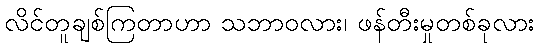
လိင်တူချစ်ကြတာဟာ သဘာဝလား၊ ဖန်တီးမှုတစ်ခုလား